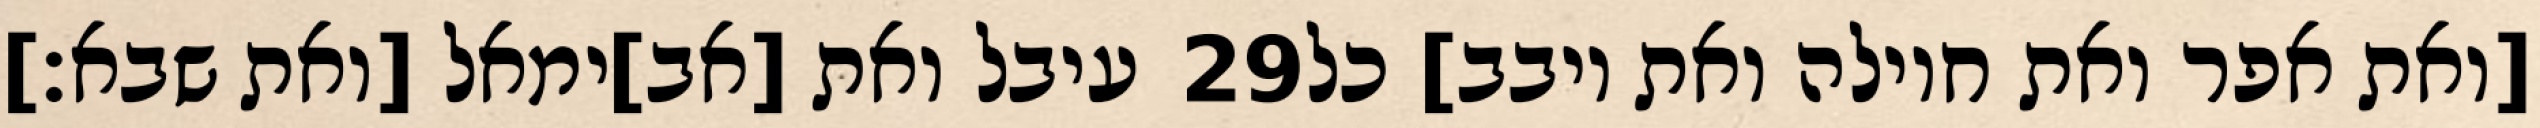
עיבל ואת [אב]ימאל [ואת שבא׃] ‎29‏ [ואת אפר ואת חוילה ואת יובב] כל